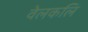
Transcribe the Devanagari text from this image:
वेलकलि